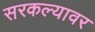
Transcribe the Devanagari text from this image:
सरकल्यावर